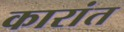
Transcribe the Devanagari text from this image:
कारांत